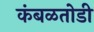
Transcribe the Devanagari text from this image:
कंबळतोडी